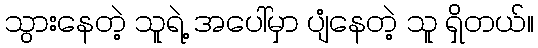
သွားနေတဲ့ သူရဲ့ အပေါ်မှာ ပျံနေတဲ့ သူ ရှိတယ်။